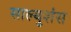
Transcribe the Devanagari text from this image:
साल्युशंस